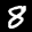
Label: 8